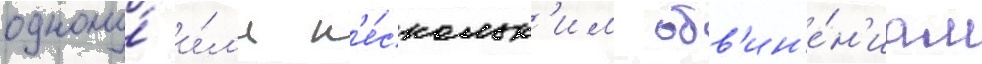
одному́ и́л'и н'е́скольк'им обв'ин'е́н'иам